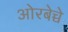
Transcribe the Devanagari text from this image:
ओरबेच्चे